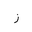
Letter: _zay